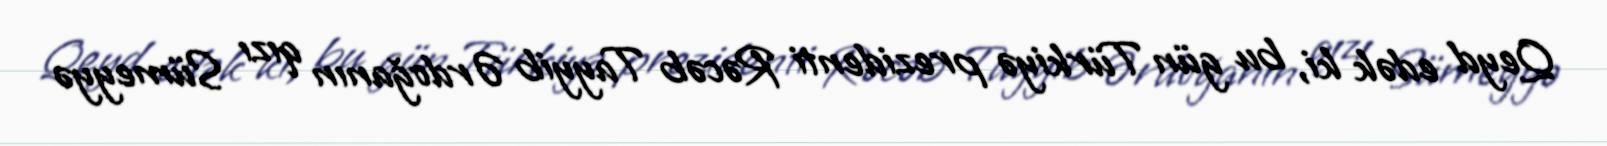
Qeyd edək ki, bu gün Türkiyə prezidenti Rəcəb Tayyib Ərdoğanın qızı Sümeyyə